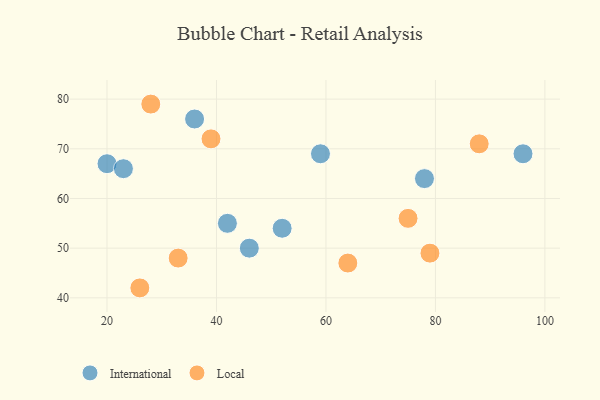
{"axis": {"x": "GDP", "y": "Life Expectancy"}, "legend": ["International", "Local"], "data": [{"x": "78", "y": 64, "type": "International"}, {"x": "46", "y": 50, "type": "International"}, {"x": "20", "y": 67, "type": "International"}, {"x": "52", "y": 54, "type": "International"}, {"x": "59", "y": 69, "type": "International"}, {"x": "36", "y": 76, "type": "International"}, {"x": "42", "y": 55, "type": "International"}, {"x": "23", "y": 66, "type": "International"}, {"x": "96", "y": 69, "type": "International"}, {"x": "88", "y": 71, "type": "Local"}, {"x": "28", "y": 79, "type": "Local"}, {"x": "79", "y": 49, "type": "Local"}, {"x": "26", "y": 42, "type": "Local"}, {"x": "33", "y": 48, "type": "Local"}, {"x": "75", "y": 56, "type": "Local"}, {"x": "39", "y": 72, "type": "Local"}, {"x": "64", "y": 47, "type": "Local"}]}